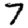
Digit: 7